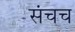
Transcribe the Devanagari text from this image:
संचच